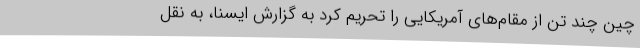
چین چند تن از مقام‌های آمریکایی را تحریم کرد به گزارش ایسنا، به نقل